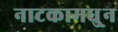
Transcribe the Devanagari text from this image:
नाटकामधु्न